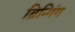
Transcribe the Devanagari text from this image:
ब्रिन्गिंग